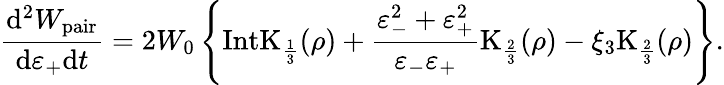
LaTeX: \frac{\mathrm{d}^{2}W_{\mathrm{pair}}}{\mathrm{d}\varepsilon_{+}\mathrm{d}t}=2W_{0}\left\{ \mathrm{IntK}_{\frac{1}{3}}(\rho)+\frac{\varepsilon_{-}^{2}+\varepsilon_{+}^{2}}{\varepsilon_{-}\varepsilon_{+}}\mathrm{K}_{\frac{2}{3}}(\rho)-\xi_{3}\mathrm{K}_{\frac{2}{3}}(\rho)\right\} .